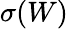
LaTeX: \sigma(W)